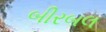
બીરબલ